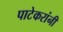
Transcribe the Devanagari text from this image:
पाटेकरांनी